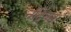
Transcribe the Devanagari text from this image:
नंदिकर